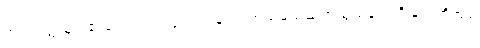
အရာဝတ္ထုများ၏ပြောင်းလဲလှုပ်ရှားခြင်း၊ အညမညဆက်သွယ်နည်းရှိခြင်းတို့အရ